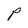
Character: P